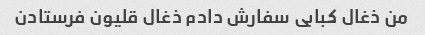
من ذغال کبابی سفارش دادم ذغال قلیون فرستادن